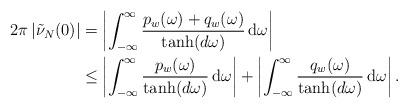
LaTeX: \begin{align*}2\pi \, |\tilde{\nu}_{N}(0)|& = \left|\int_{-\infty}^{\infty} \frac{p_{w}(\omega) + q_{w}(\omega)}{\tanh(d \omega)}\, \mathrm{d}\omega\right| \\& \leq\left|\int_{-\infty}^{\infty} \frac{p_{w}(\omega)}{\tanh(d \omega)}\, \mathrm{d}\omega\right|+\left|\int_{-\infty}^{\infty} \frac{q_{w}(\omega)}{\tanh(d \omega)}\, \mathrm{d}\omega\right|. \end{align*}